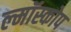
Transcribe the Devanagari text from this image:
ल्मॉस्कोप